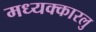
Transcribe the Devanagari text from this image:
मध्यक्कारलु